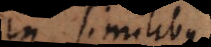
in similibus